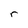
Character: r